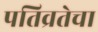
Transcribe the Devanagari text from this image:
पतिव्रतेचा